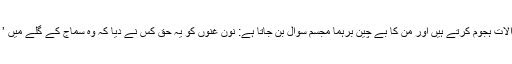
روزصبح جب دل لہو سے بھر جاتا ہے، سوالات ہجوم کرتے ہیں اور من کا بے چین برہما مجسم سوال بن جاتا ہے: نون غنوں کو یہ حق کس نے دیا کہ وہ سماج کے گلے میں ’ خاندانِ شریفاں‘ کی غلامی کا طوق ڈال دیں؟